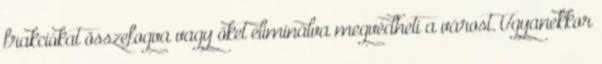
frakciókat összefogva vagy őket eliminálva megvédheti a várost. Ugyanekkor